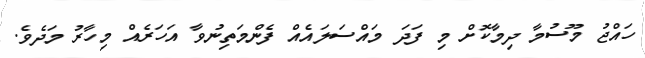
ހައްޖު މޫސުމާ ދިމާކޮށް މި ފަދަ މައްސަލައެއް ފެންމަތިނުވާ އަހަރެއް މިހާރު މަދެވެ.